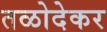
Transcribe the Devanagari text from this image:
तळोदेकर